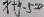
x + y - 5 = 0